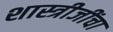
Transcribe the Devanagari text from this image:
शास्त्रीजींचा